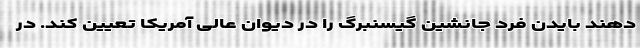
دهند بایدن فرد جانشین گیسنبرگ را در دیوان عالی آمریکا تعیین کند. در